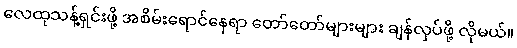
လေထုသန့်ရှင်းဖို့ အစိမ်းရောင်နေရာ တော်တော်များများ ချန်လှပ်ဖို့ လိုမယ်။